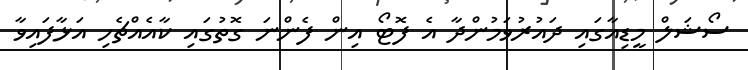
ސޯޝަލް މީޑިއާގައި ދައުރުވަމުންދާ އެ ފޮޓޯ އިން ފެންނަ ގޮތުގައި ކާއެއްޗެހި އަޅާފައިވާ